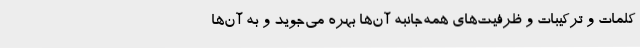
کلمات و ترکیبات و ظرفیت‌های همه‌جانبه‌ آن‌ها بهره می‌جوید و به آن‌ها